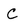
Character: C